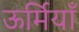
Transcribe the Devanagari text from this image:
ऊर्मियाँ